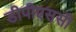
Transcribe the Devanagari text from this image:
डीपीएससी